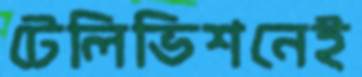
টেলিভিশনেই